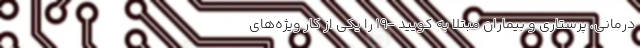
درمانی، پرستاری و بیماران مبتلا به کویید -۱۹ را یکی از کار ویژه‌های